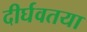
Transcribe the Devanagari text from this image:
दीर्घवतया